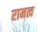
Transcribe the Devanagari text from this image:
रामत्व